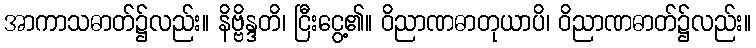
အာကာသဓာတ်၌လည်း။ နိဗ္ဗိန္ဒတိ၊ ငြီးငွေ့၏။ ဝိညာဏဓာတုယာပိ၊ ဝိညာဏဓာတ်၌လည်း။